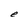
Character: e